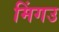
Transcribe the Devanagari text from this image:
मिंगउ